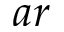
a r